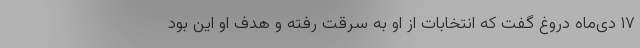
۱۷ دی‌ماه دروغ گفت که انتخابات از او به سرقت رفته و هدف او این بود